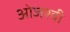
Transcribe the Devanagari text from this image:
ओजश्वी